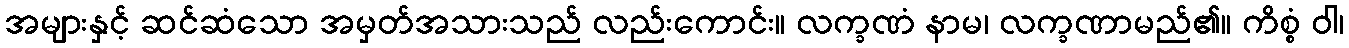
အများနှင့် ဆင်ဆံသော အမှတ်အသားသည် လည်းကောင်း။ လက္ခဏံ နာမ၊ လက္ခဏာမည်၏။ ကိစ္စံ ဝါ၊